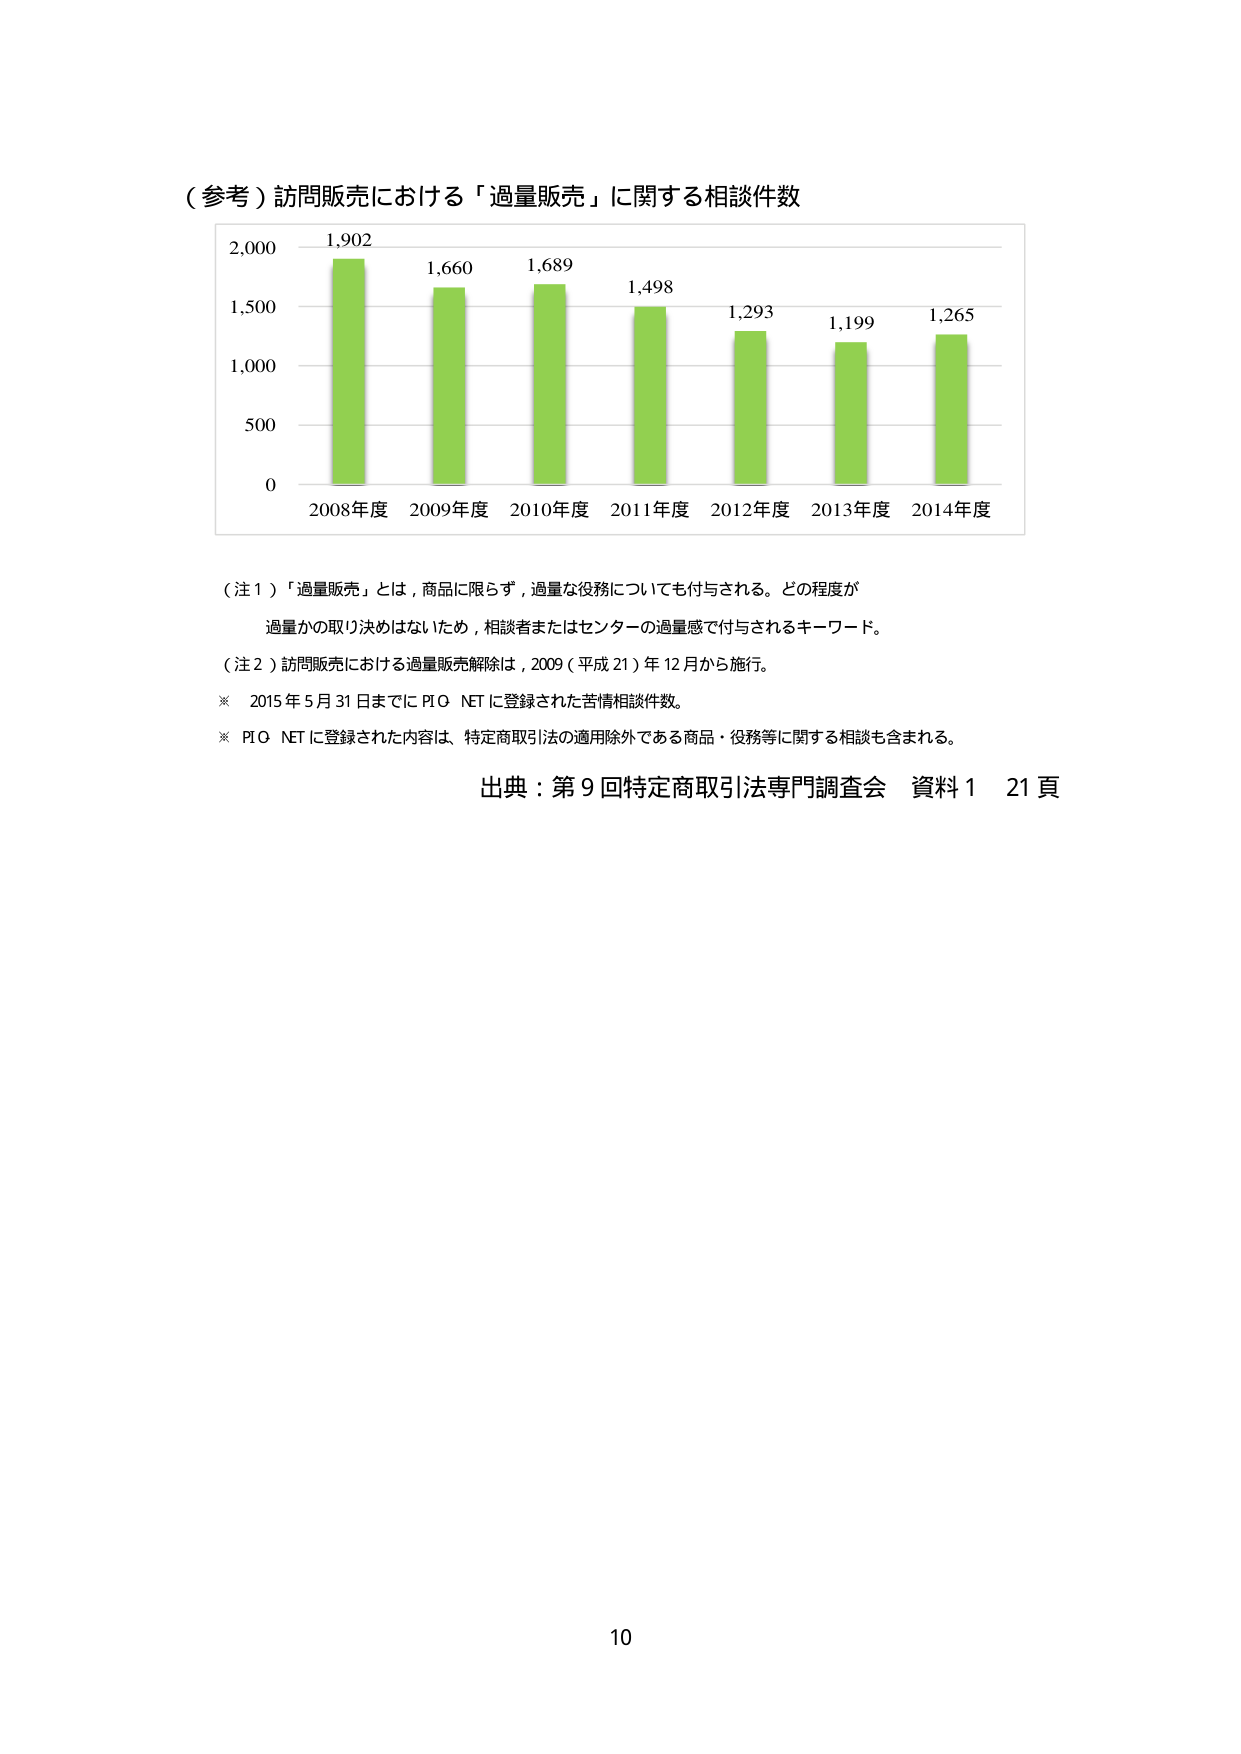
（参考）訪問販売における「過量販売」に関する相談件数

2,000
1,902
1,660
1,689
1,498
1,293
1,199
1,265
1,500
1,000
500
0
2008年度 2009年度 2010年度 2011年度 2012年度 2013年度 2014年度

（注１）「過量販売」とは，商品に限らず，過量な役務についても付与される。どの程度が
過量かの取り決めはないため，相談者またはセンターの過量感で付与されるキーワード。

（注２）訪問販売における過量販売解除は，2009（平成21）年12月から施行。

※ 2015年5月31日までにPIO NETに登録された苦情相談件数。

※ PIO NETに登録された内容は、特定商取引法の適用除外である商品・役務等に関する相談も含まれる。

出典：第9回特定商取引法専門調査会 資料1 21頁

10